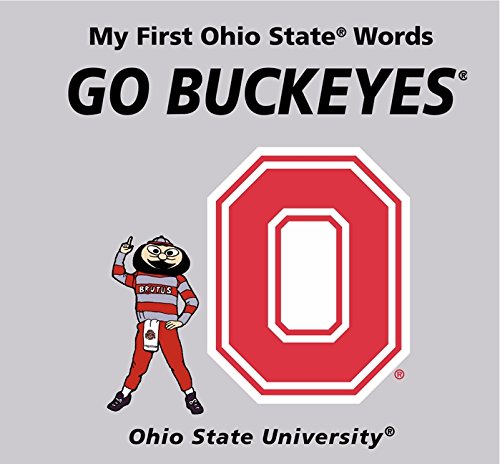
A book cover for My First Ohio State Words Go Buckeyes; Connie McNamara; Humor & Entertainment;